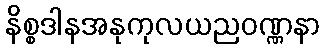
နိစ္စဒါနအနုကုလယညဝဏ္ဏနာ